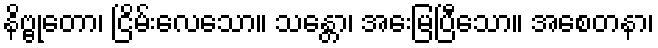
နိဗ္ဗုတော၊ ငြိမ်းလေသော။ သန္တော၊ အေးမြပြီသော။ အစေတနာ၊